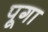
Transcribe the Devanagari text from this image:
पूगा